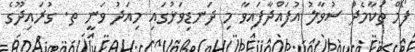
ފޯމް ތަކާމެދު ސުވާލު އުފައްދާފައިވާ މި ދަނޑިވަޅުގައި މިއަދު ވަނީ ތ. ގުރައިދޫގެ